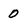
Character: 0